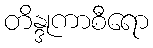
တိန္ဒုကာစီရော